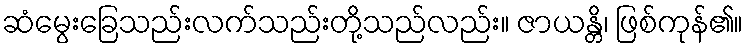
ဆံမွေးခြေသည်းလက်သည်းတို့သည်လည်း။ ဇာယန္တိ၊ ဖြစ်ကုန်၏။